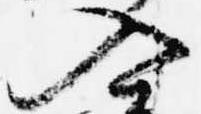
入